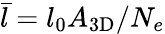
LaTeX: \bar{l}=l_{0}A_{\mathrm{3D}}/N_{e}